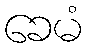
ခေမံ